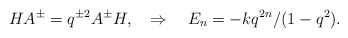
\begin{align*}H A^\pm =q^{\pm 2}A^\pm H, \quad \Rightarrow \quad E_n=-k q^{2n} /(1-q^2).\end{align*}